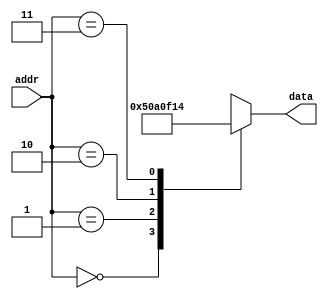
module rom (
  
  input [1:0] addr,
  output reg [7:0] data

);

always @(addr)
  begin
    case (addr)
      0: data = 8'd05;  
      1: data = 8'd10;
      2: data = 8'd15;
      3: data = 8'd20;
    endcase  
  end
endmodule